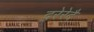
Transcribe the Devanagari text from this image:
दरेरेदै